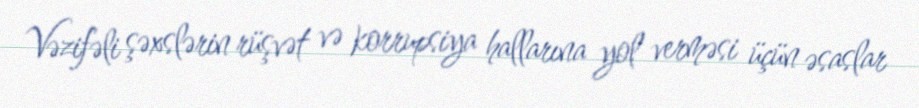
Vəzifəli şəxslərin rüşvət və korrupsiya hallarına yol verməsi üçün əsaslar